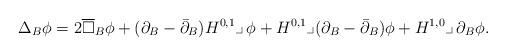
LaTeX: \begin{align*}\Delta_B\phi = 2\overline\square_B\phi +(\partial_B-\bar\partial_B)H^{0,1}\lrcorner\,\phi + H^{0,1}\lrcorner (\partial_B -\bar\partial_B)\phi +H^{1,0}\lrcorner\,\partial_B\phi.\end{align*}